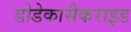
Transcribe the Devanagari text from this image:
डोडेकासैकराइड